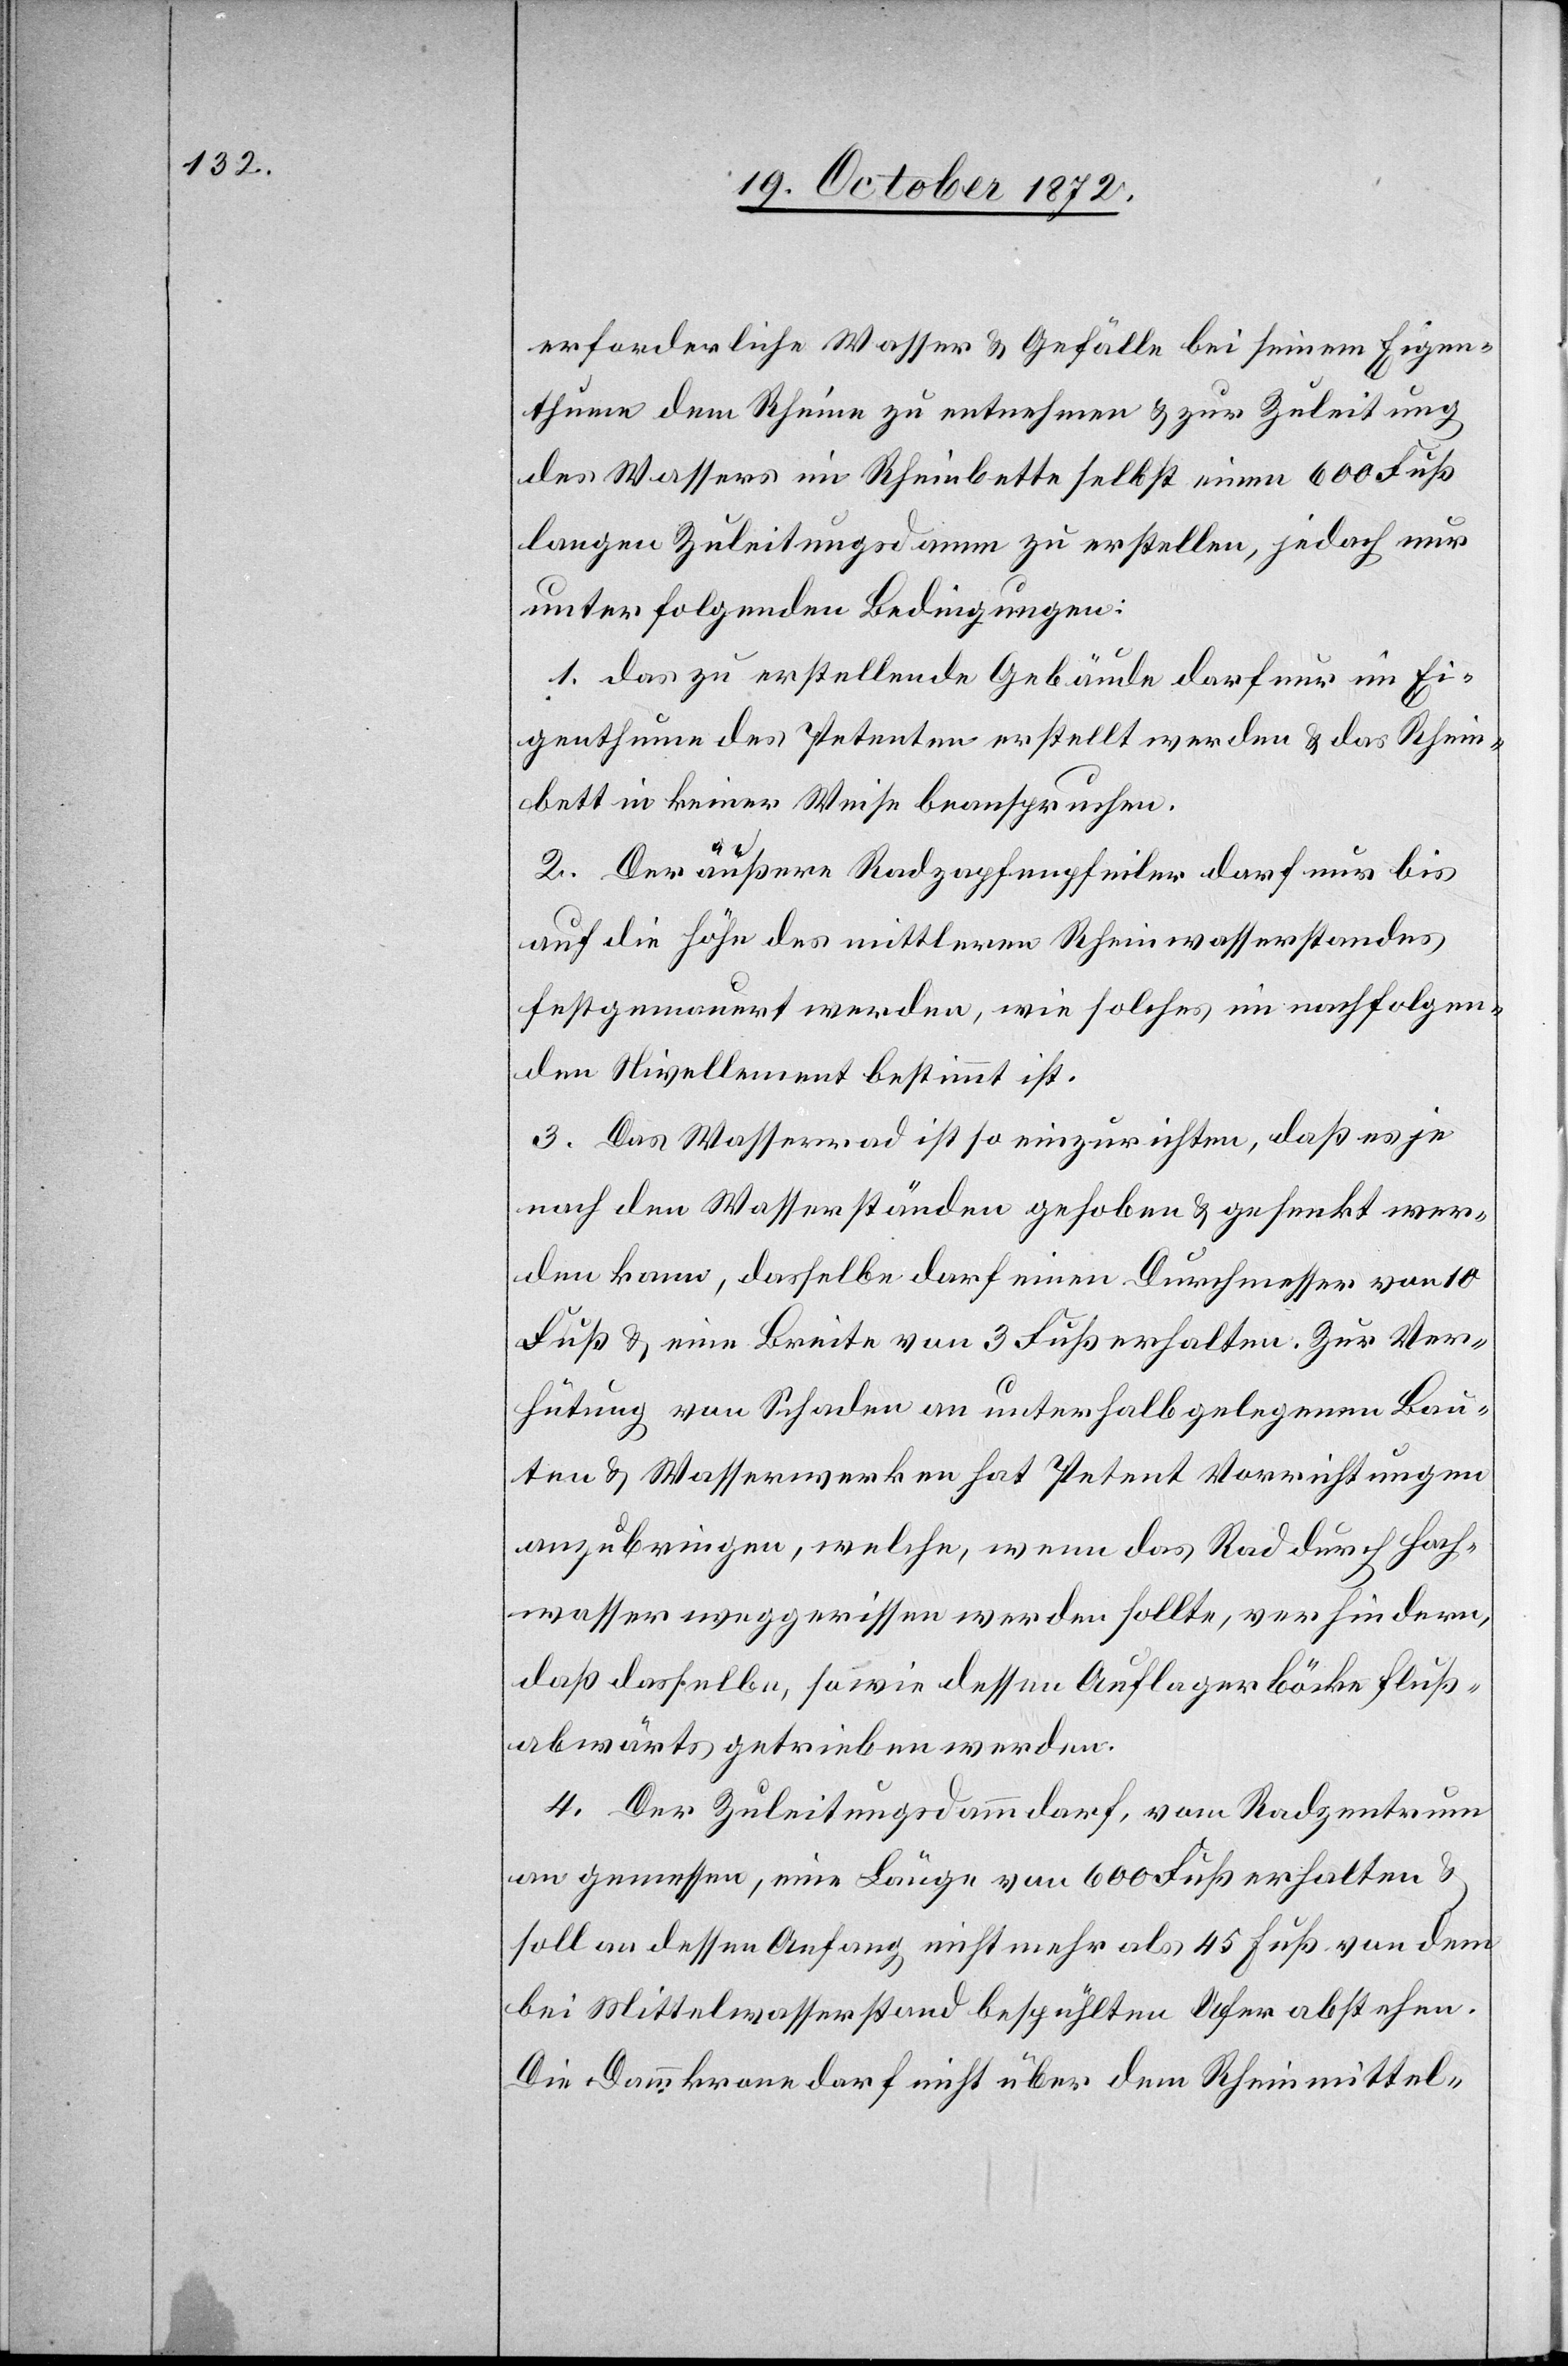
erforderliche Wasser u. Gefälle bei seinem Eigen¬
thume dem Rheine zu entnehmen u. zur Zuleitung
des Wassers im Rheinbette selbst einen 600 Fuß
langen Zuleitungsdamm zu erstellen, jedoch nur
unter folgenden Bedingungen:
1. Das zu erstellende Gebäude darf nur im Ei¬
genthume des Petenten erstellt werden u. das Rhein¬
bett in keiner Weise beanspruchen.
2. Der äußere Radzapfenpfeiler darf nur bis
auf die Höhe des mittleren Rheinwasserstandes
festgemauert werden, wie solches im nachfolgen¬
den Nivellement bestimmt ist.
3. Das Wasserrad ist so einzurichten, daß es je
nach den Wasserständen gehoben u. gesenkt wer¬
den kann, dasselbe darf einen Durchmesser von 10
Fuß u. eine Breite von 3 Fuß erhalten. Zur Ver¬
hütung von Schaden an unterhalb gelegenen Bau¬
ten u. Wasserwerken hat Petent Vorrichtungen
anzubringen, welche, wenn das Rad durch Hoch¬
wasser weggerissen werden sollte, verhindern,
daß dasselbe, sowie dessen Auflagerböcke fluß¬
abwärts getrieben werden.
4. Der Zuleitungsdamm darf, vom Radzentrum
an gemessen, eine Länge von 600 Fuß erhalten u.
soll an dessen Anfang nicht mehr als 45 Fuß von dem
bei Mittelwasserstand bespühlten Ufer abstehen.
Die Dammkrone darf nicht über dem Rheinmittel-